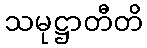
သမုဋ္ဌာတီတိ